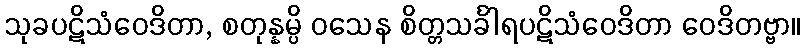
သုခပဋိသံဝေဒိတာ, စတုန္နမ္ပိ ဝသေန စိတ္တသင်္ခါရပဋိသံဝေဒိတာ ဝေဒိတဗ္ဗာ။